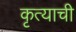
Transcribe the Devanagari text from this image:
कृत्याची